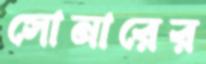
সোনারের